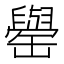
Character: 𮉺